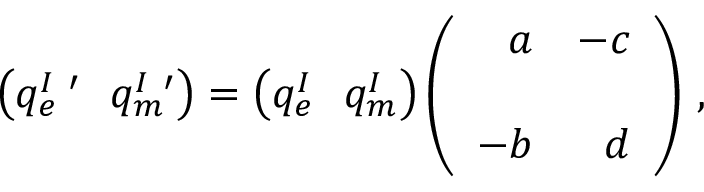
\left( q _ { e } ^ { I \ \prime } \, \, \, \, q _ { m } ^ { I \ \prime } \right) = \left( q _ { e } ^ { I } \, \, \, \, q _ { m } ^ { I } \right) \left( \begin{array} { r r } { { a } } & { { - c } } \\ { { } } & { { } } \\ { { - b } } & { { d } } \end{array} \right) \, ,